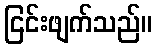
ငြင်းဖျက်သည်။